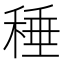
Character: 䅜